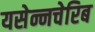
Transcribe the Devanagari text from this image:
यसेन्नचेरिब